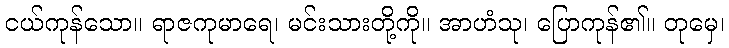
ငယ်ကုန်သော။ ရာဇကုမာရေ၊ မင်းသားတို့ကို။ အာဟံသု၊ ပြောကုန်၏။ တုမှေ၊